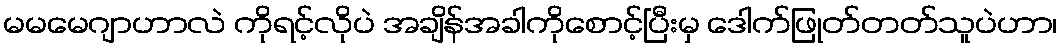
မမမေဂျာဟာလဲ ကိုရင့်လိုပဲ အချိန်အခါကိုစောင့်ပြီးမှ ဒေါက်ဖြုတ်တတ်သူပဲဟာ၊